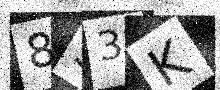
Text: 8S3K